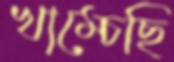
খাম্‌চেছি